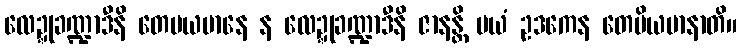
လေဍ္ဍုခဏ္ဍာဒီနိ တေမယမာနေ န လေဍ္ဍုခဏ္ဍာဒီနိ ဇာနန္တိ မယံ ဥဒကေန တေမိယမာနာတိ။